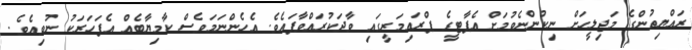
ރައްޔިތުންގެ މަޖިލީހަށް ނިކުންނެވުމަށް އެޕާޓީގެ ޕްރައިމަރީގައި ވާދަކުރައްވާފައެވެ. އެހެންނަމަވެސް ކާމިޔާބެއް އެފަހަރަކު ނުވިއެވެ.